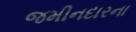
જમીનદારના